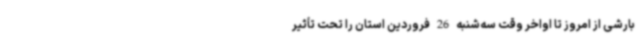
بارشی از امروز تا اواخر وقت سه‌شنبه 26 فروردین استان را تحت تأثیر